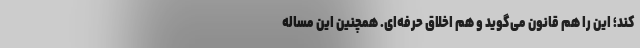
کند؛ این را هم قانون می‌گوید و هم اخلاق حرفه‌ای. همچنین این مساله